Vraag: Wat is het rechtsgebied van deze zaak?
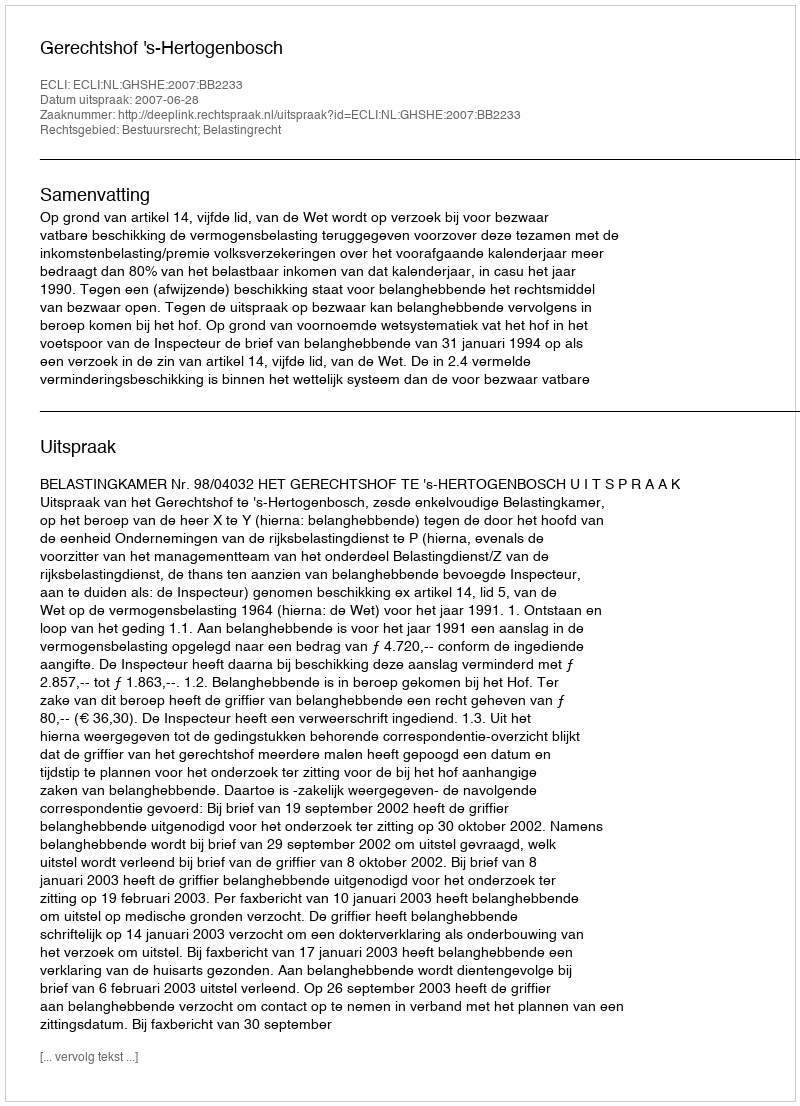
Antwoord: Bestuursrecht; Belastingrecht